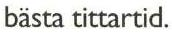
bästa tittartid.